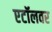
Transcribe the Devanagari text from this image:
एटॉलवर